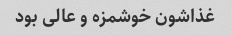
غذاشون خوشمزه و عالی بود